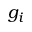
g _ { i }